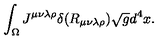
\int _ { \Omega } J ^ { \mu \nu \lambda \rho } \delta ( R _ { \mu \nu \lambda \rho } ) \sqrt { g } d ^ { 4 } x .